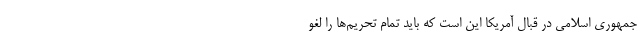
جمهوری اسلامی در قبال آمریکا این است که باید تمام تحریم‌ها را لغو